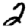
Digit: 2